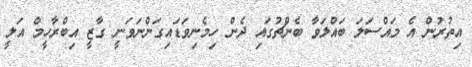
އިތުރުން އެ މައްސަލަ ބައްލަވާ ބެންޗުގައި ދެން ހިމެނިވަޑައިގަންނަވަނީ ގާޒީ އިބްރާހީމް އަލީ